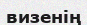
визенің